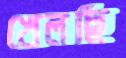
খেলছি